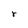
Character: r